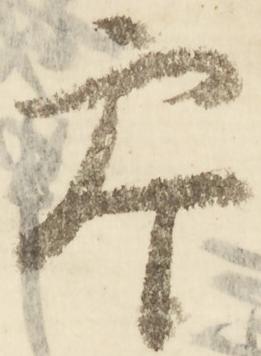
参